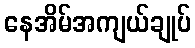
နေအိမ်အကျယ်ချုပ်